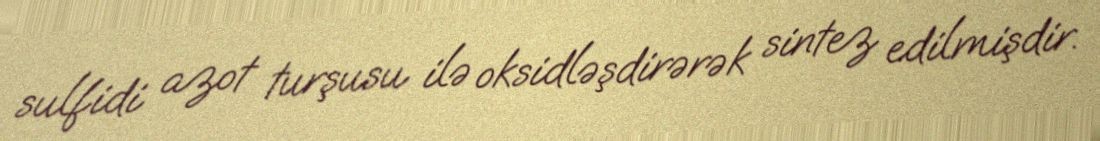
sulfidi azot turşusu ilə oksidləşdirərək sintez edilmişdir.